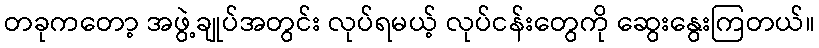
တခုကတော့ အဖွဲ့ချုပ်အတွင်း လုပ်ရမယ့် လုပ်ငန်းတွေကို ဆွေးနွေးကြတယ်။